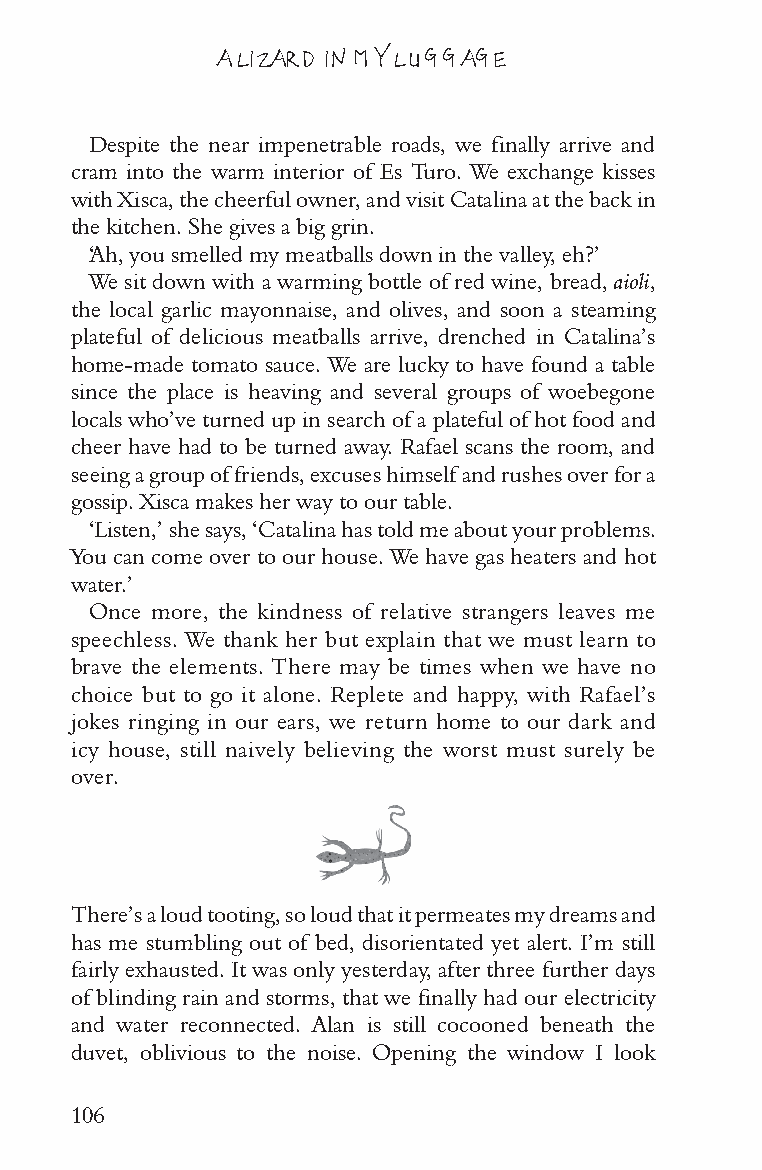
A LIZARD IN MY LUGGAGE
 Despite the near impenetrable roads, we finally arrive and
 cram into the warm interior of Es Turo. We exchange kisses
 with Xisca, the cheerful owner, and visit Catalina at the back in
 the kitchen. She gives a big grin.
 ‘Ah, you smelled my meatballs down in the valley, eh?’
 We sit down with a warming bottle of red wine, bread, aioli,
 the local garlic mayonnaise, and olives, and soon a steaming
 plateful of delicious meatballs arrive, drenched in Catalina’s
 home-made tomato sauce. We are lucky to have found a table
 since the place is heaving and several groups of woebegone
 locals who’ve turned up in search of a plateful of hot food and
 cheer have had to be turned away. Rafael scans the room, and
 seeing a group of friends, excuses himself and rushes over for a
 gossip. Xisca makes her way to our table.
 ‘Listen,’ she says, ‘Catalina has told me about your problems.
 You can come over to our house. We have gas heaters and hot
 water.’
 Once more, the kindness of relative strangers leaves me
 speechless. We thank her but explain that we must learn to
 brave the elements. There may be times when we have no
 choice but to go it alone. Replete and happy, with Rafael’s
 jokes ringing in our ears, we return home to our dark and
 icy house, still naively believing the worst must surely be
 over.
 There’s a loud tooting, so loud that it permeates my dreams and
 has me stumbling out of bed, disorientated yet alert. I’m still
 fairly exhausted. It was only yesterday, after three further days
 of blinding rain and storms, that we finally had our electricity
 and water reconnected. Alan is still cocooned beneath the
 duvet, oblivious to the noise. Opening the window I look
 106